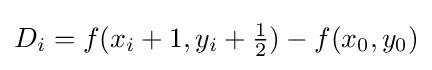
D_{i}=f(x_{i}+1,y_{i}+{\tfrac {1}{2}})-f(x_{0},y_{0})